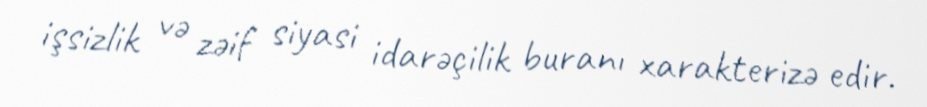
işsizlik və zəif siyasi idarəçilik buranı xarakterizə edir.